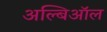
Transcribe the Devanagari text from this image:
अल्बिऑल